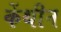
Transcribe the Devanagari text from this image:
केंथीन